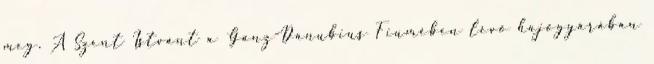
meg. A Szent Istvánt a Ganz-Danubius Fiumében lévő hajógyárában